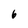
Character: 6